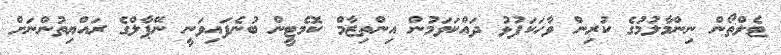
ޓެލްތޯން ނިންމާލުމުގެ ކުރިން ވާހަކަފުޅު ދައްކަަވަމުން އިންތިޒާމް ކޮމެޓީން ބުނެފައިވަނީ ނޭޕާލްގެ ރައްޔިތުންނަށް